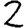
Digit: 2